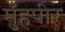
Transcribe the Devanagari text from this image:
मुँहपीर